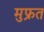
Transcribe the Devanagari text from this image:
मुफ्रत